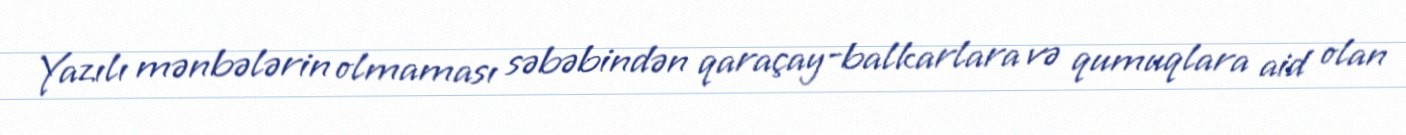
Yazılı mənbələrin olmaması səbəbindən qaraçay-balkarlara və qumuqlara aid olan